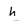
Character: h